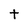
Character: t